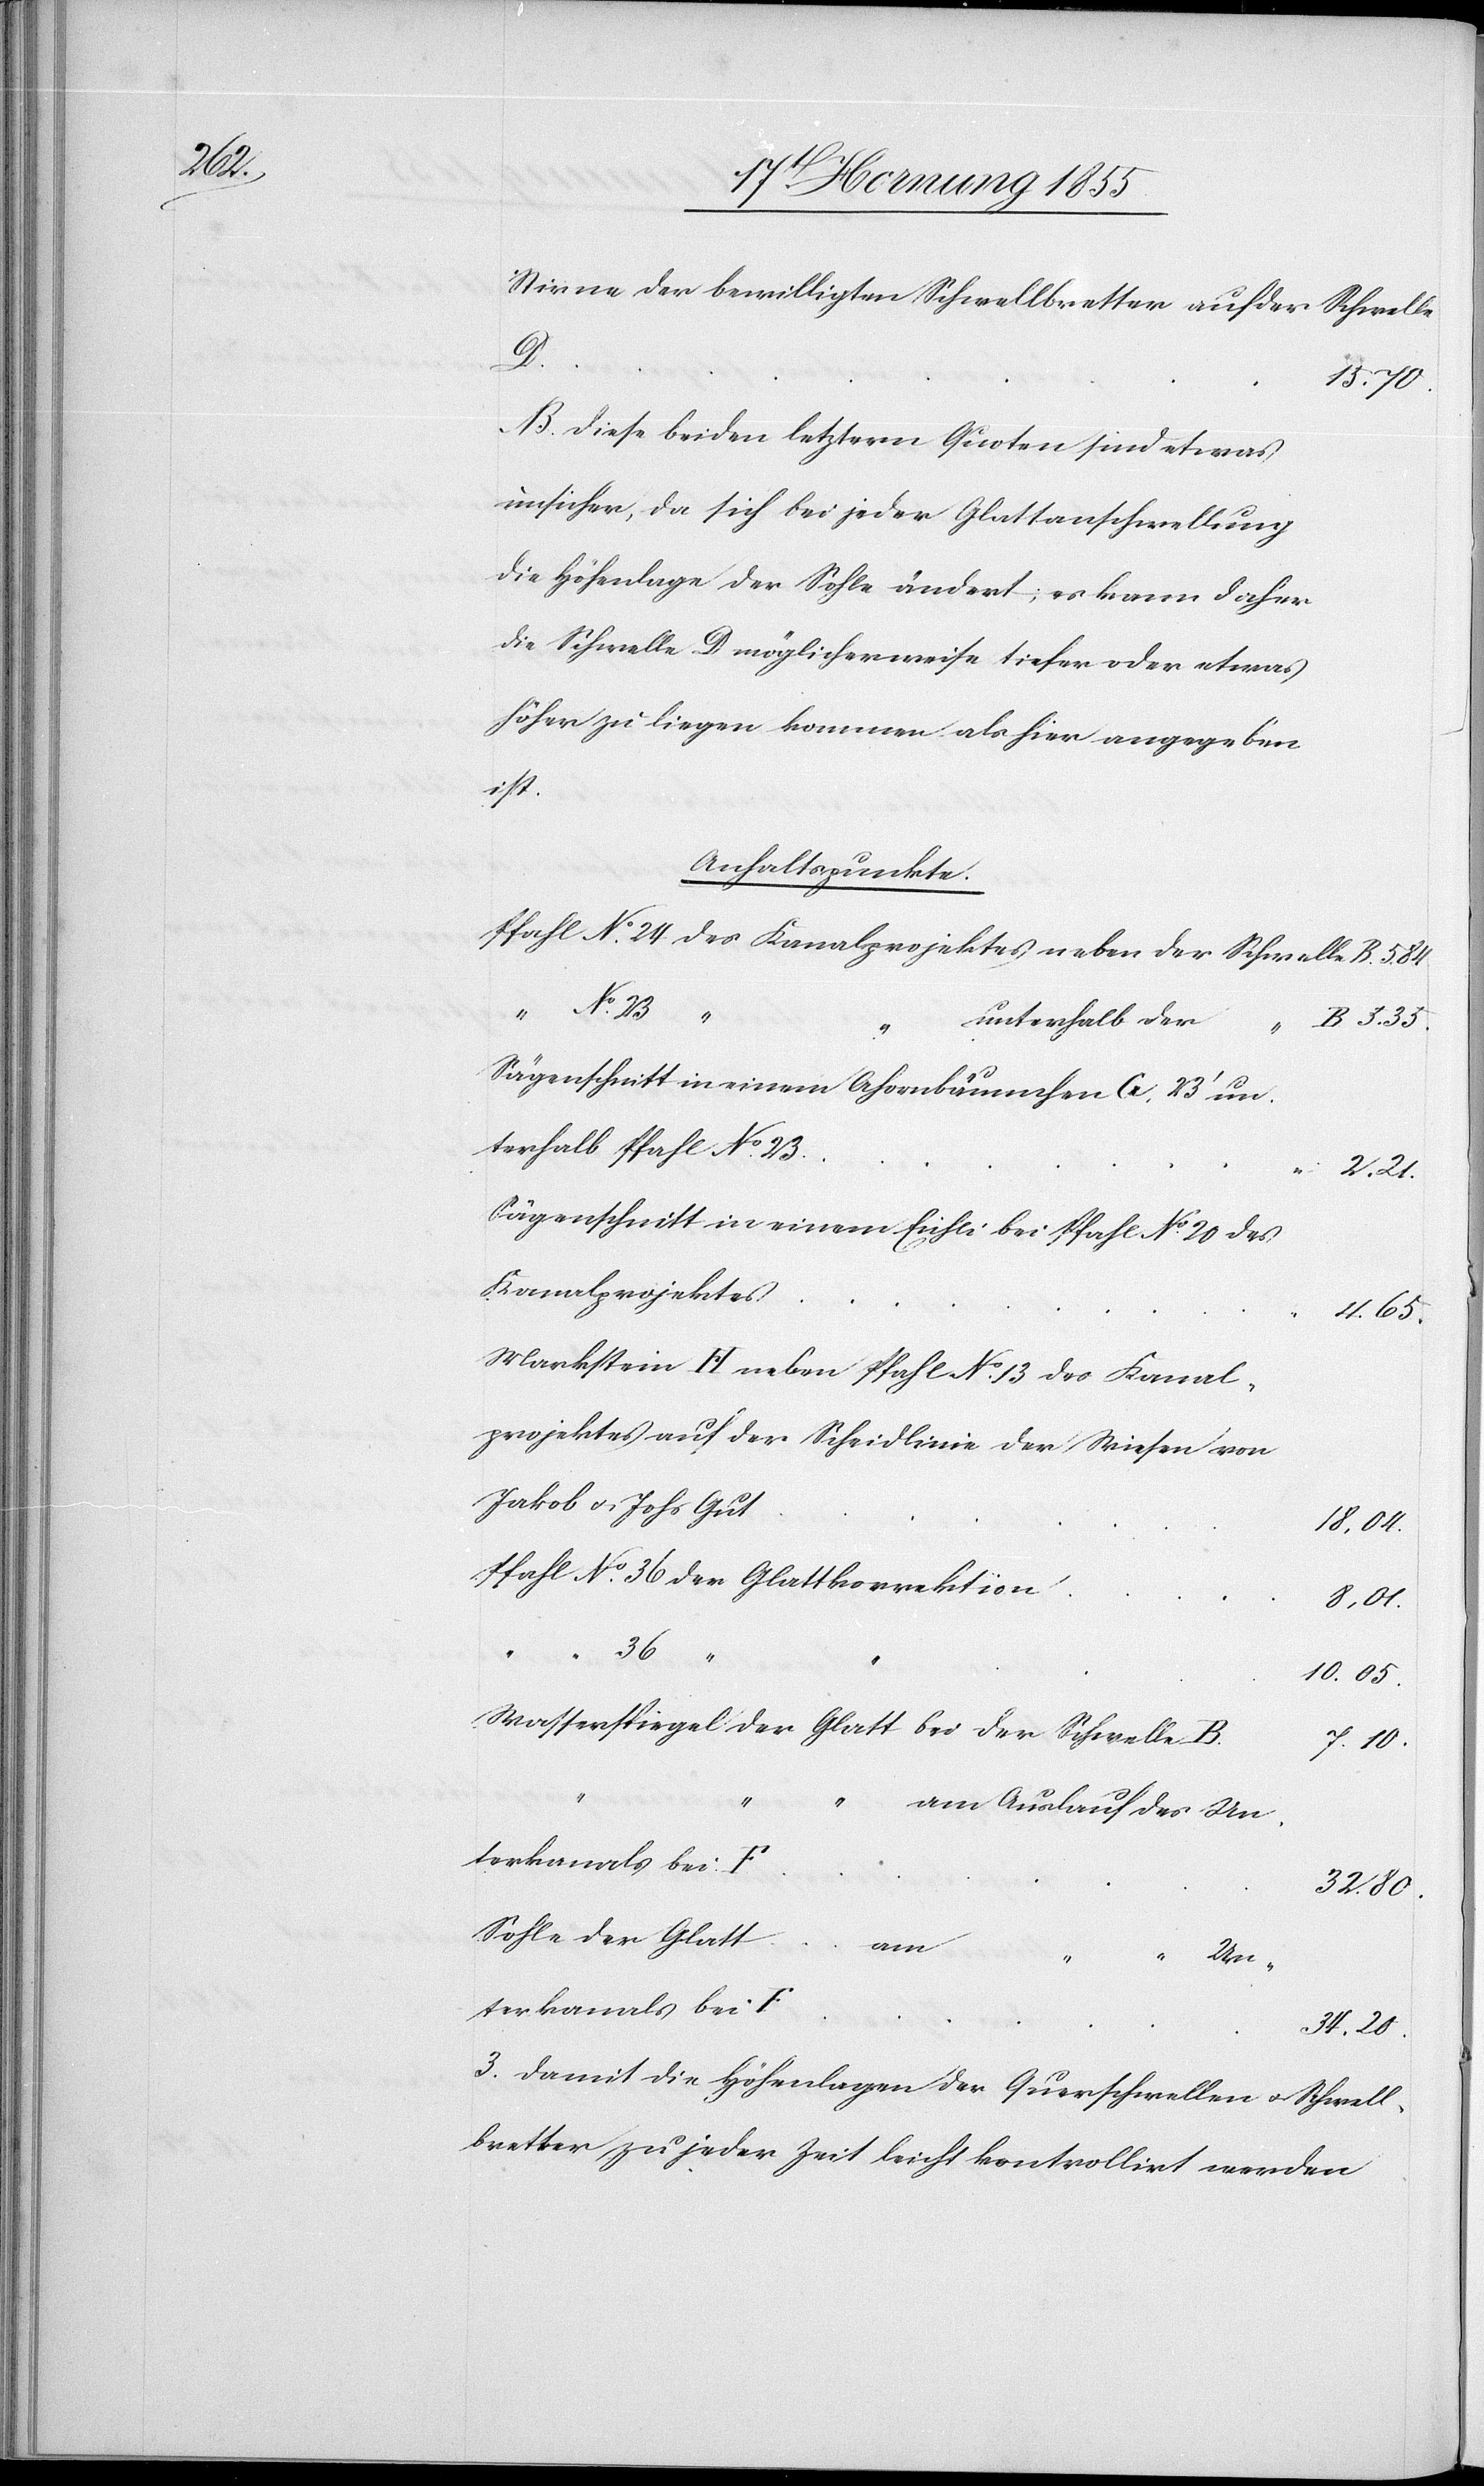
Stirne der bewilligten Schwellbretter auf der Schwelle
15.70.
NB. Diese beiden letztern Quoten sind etwas
unsicher, da sich bei jeder Glattanschwellung
die Höhenlage der Sohle ändert; es kann daher
die Schwelle D möglicherweise tiefer oder etwas
höher zu liegen kommen als hier angegeben
ist.
Anhaltspunkte.
Pfahl No. 24 des Kanalprojektes neben der Schwelle B.
unterhalb der
Sägenschnitt in einem Ahornbäumchen G, 23‘ un¬
terhalb Pfahl No. 23
2.21.
Sägenschnitt in einem Eichli bei Pfahl No. 20 des
Kanalprojektes
4.65.
Markstein H neben Pfahl No. 13 des Kanal¬
projektes auf der Scheidlinie der Wiesen von
Jakob & Johs Gut
18,04.
Pfahl No. 36 der Glattkorrektion
36
3.
10.05.
Wasserspiegel der Glatt bei der Schwelle B.
7.10.
“ “
“
am Auslauf des Un¬
terkanals bei F
34.20.
Sohle der Glatt
am
Un¬
Damit die Höhenlagen der Querschwellen & Schwell¬
bretter zu jeder Zeit leicht kontrollirt werden